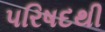
પરિષદથી